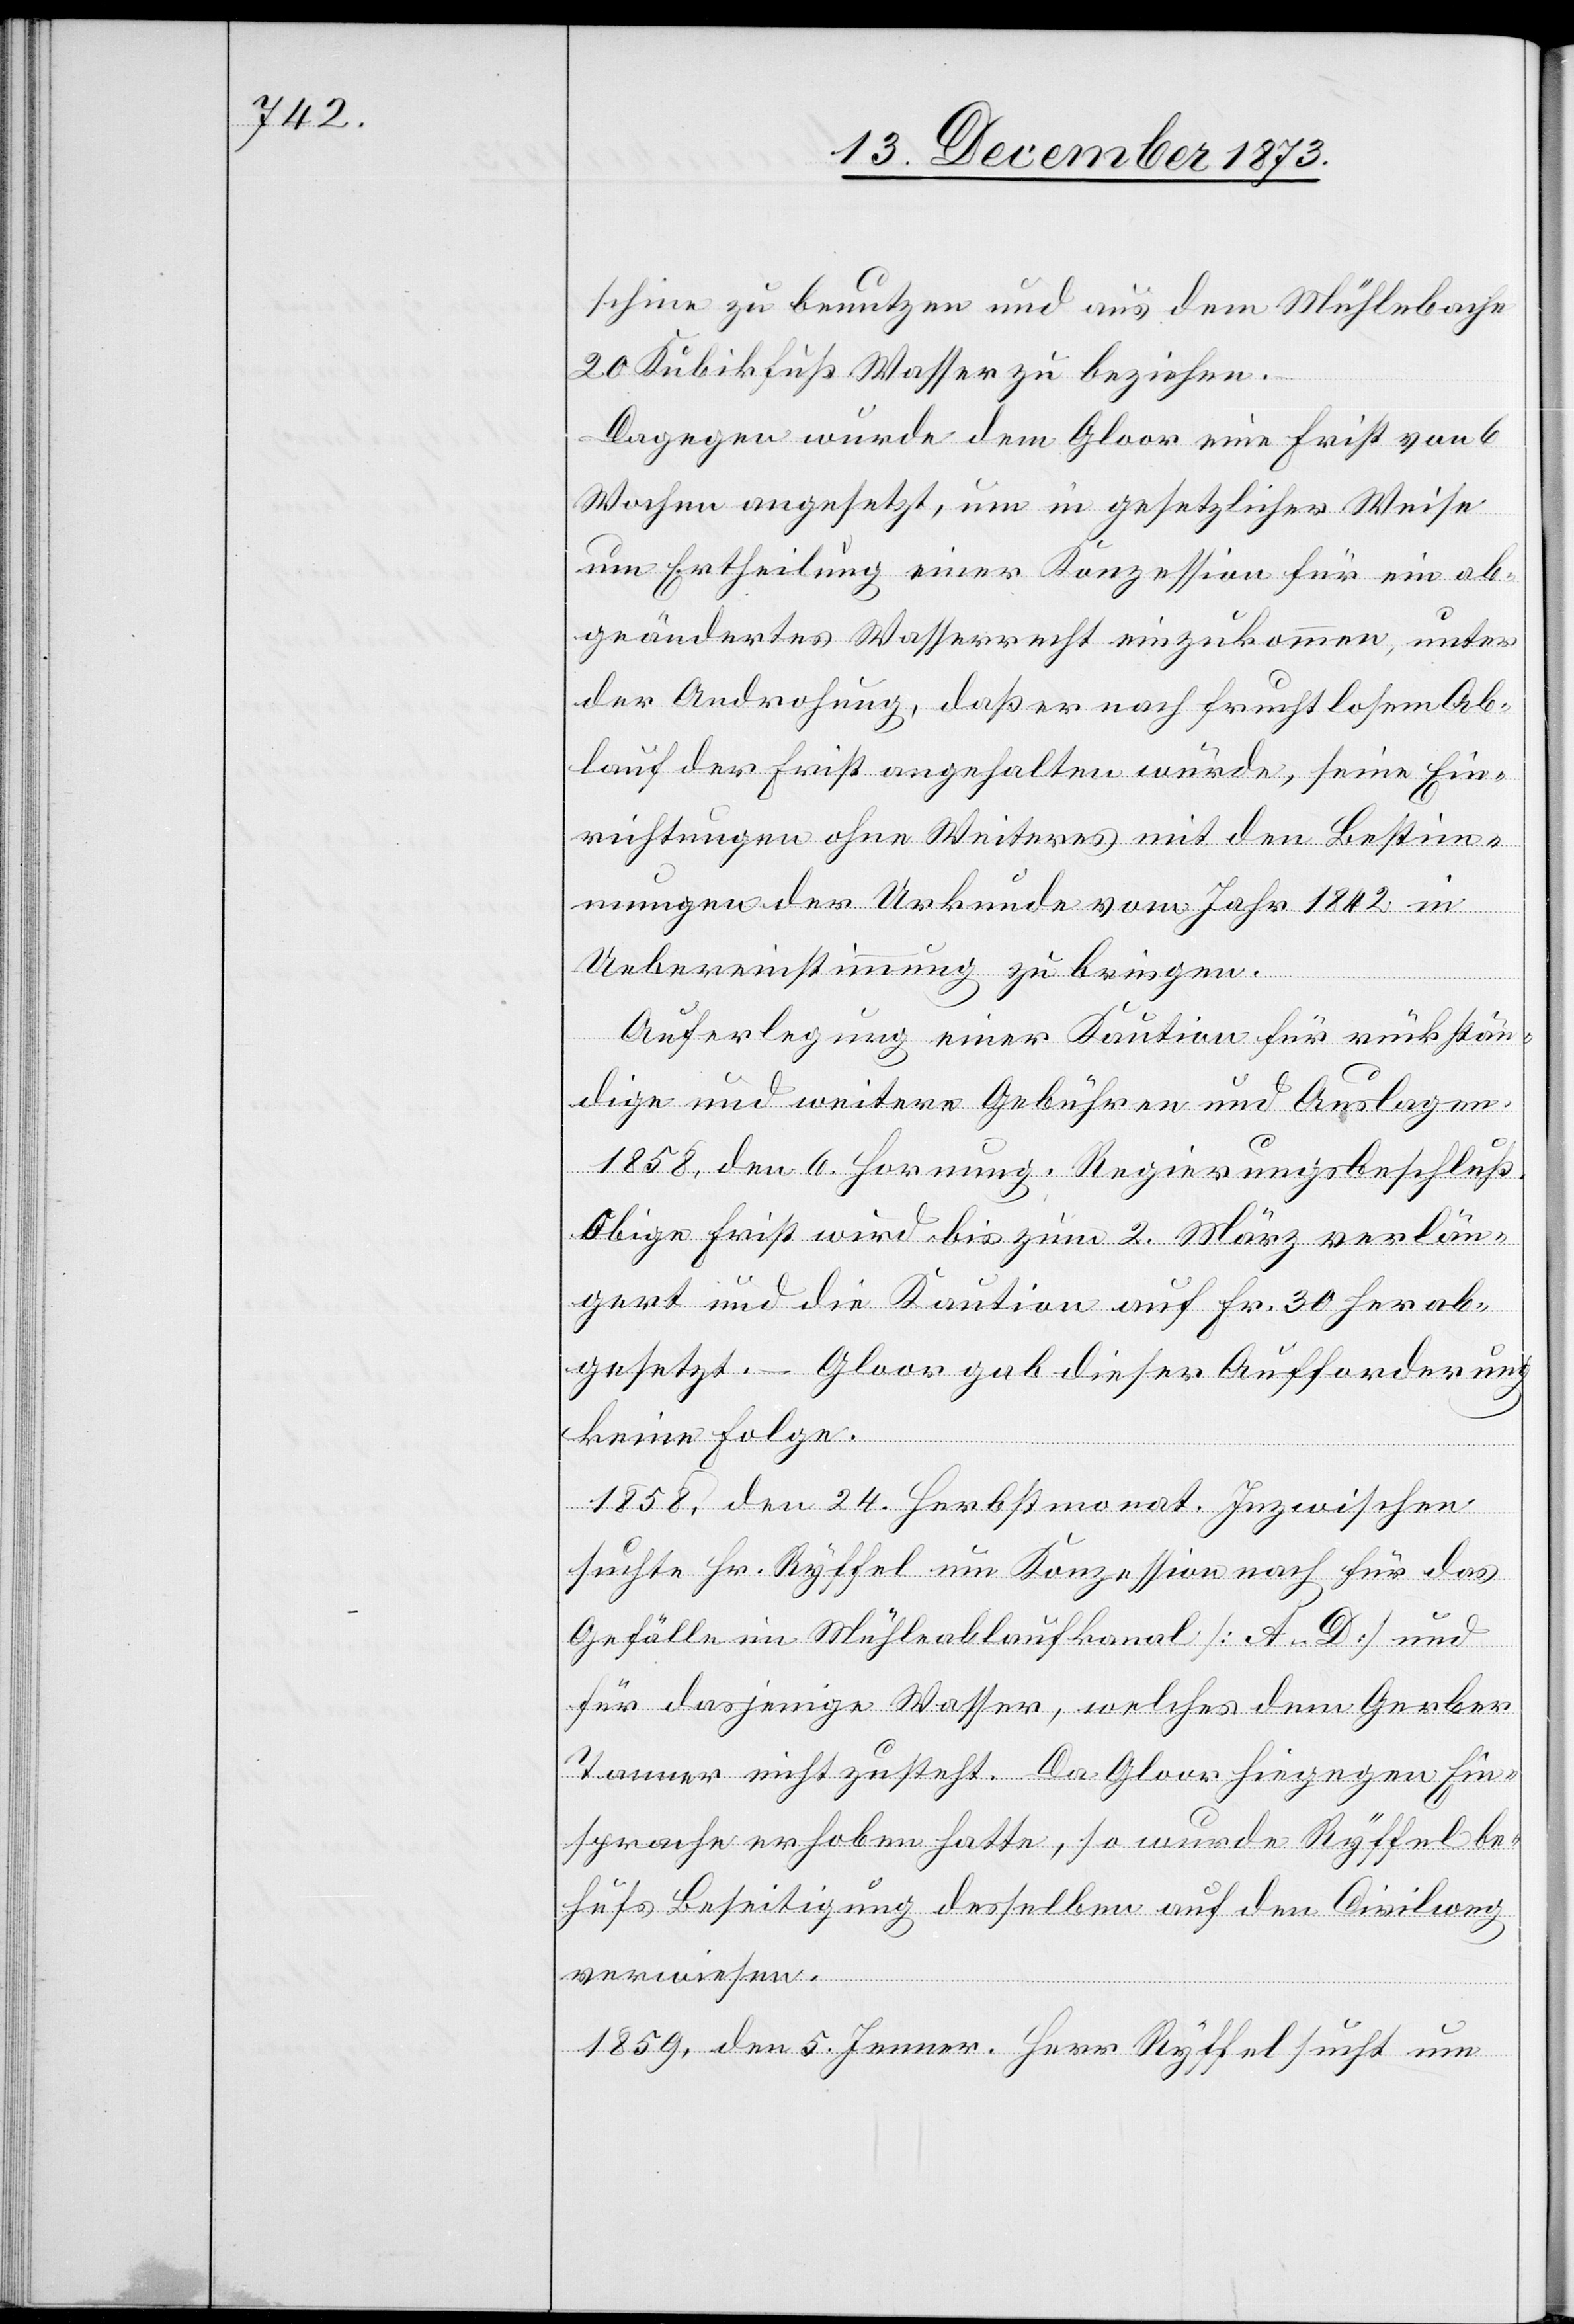
schine zu benutzen und aus dem Mühlebache
20 Kubikfuß Wasser zu beziehen.
Dagegen wurde dem Gloor eine Frist von 6
Wochen angesetzt, um in gesetzlicher Weise
um Ertheilung einer Konzession für ein ab¬
geändertes Wasserrecht einzukommen, unter
der Androhung, daß er nach fruchtlosem Ab¬
lauf der Frist angehalten würde, seine Ein¬
richtungen ohne Weiteres mit den Bestim¬
mungen der Urkunde vom Jahr 1842 in
Uebereinstimmung zu bringen.
Auferlegung einer Kaution für rückstän¬
dige und weitere Gebühren und Auslagen.
1858, den 6. Hornung. Regierungsbeschluß.
Obige Frist wird bis zum 2. März verlän¬
gert und die Kaution auf Fr. 30 herab¬
gesetzt. – Gloor gab dieser Aufforderung
keine Folge.
1858, den 24. Herbstmonat. Inzwischen
suchte Hr. Ryffel um Konzession nach für das
Gefälle im Mühleablaufkanal [A–D] und
für dasjenige Wasser, welches dem Gerber
Tanner nicht zusteht. Da Gloor hiegegen Ein¬
sprache erhoben hatte, so wurde Ryffel be¬
hufs Beseitigung desselben auf den Civilweg
verwiesen.
1859, den 5. Jenner. Herr Ryffel sucht um